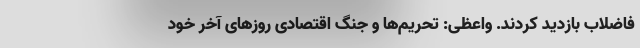
فاضلاب بازدید کردند. واعظی: تحریم‌ها و جنگ اقتصادی روزهای آخر خود